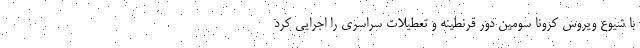
با شیوع ویروس کرونا سومین دور قرنطینه و تعطیلات سراسری را اجرایی کرد